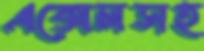
এক্সেলসহ